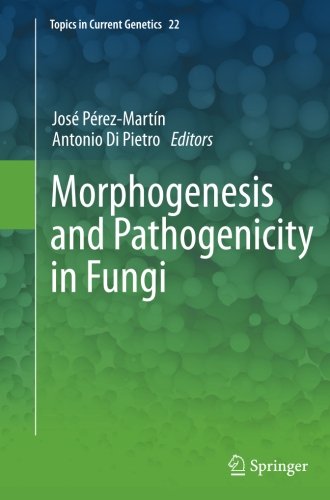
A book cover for Morphogenesis and Pathogenicity in Fungi (Topics in Current Genetics); Medical Books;